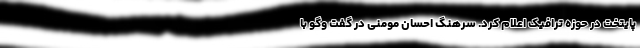
پایتخت در حوزه ترافیک اعلام کرد. سرهنگ احسان مومنی در گفت وگو با